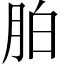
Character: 胉